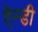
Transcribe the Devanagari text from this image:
ऐन्डी